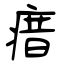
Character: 瘄